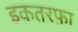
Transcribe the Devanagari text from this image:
इकतरफ़ा